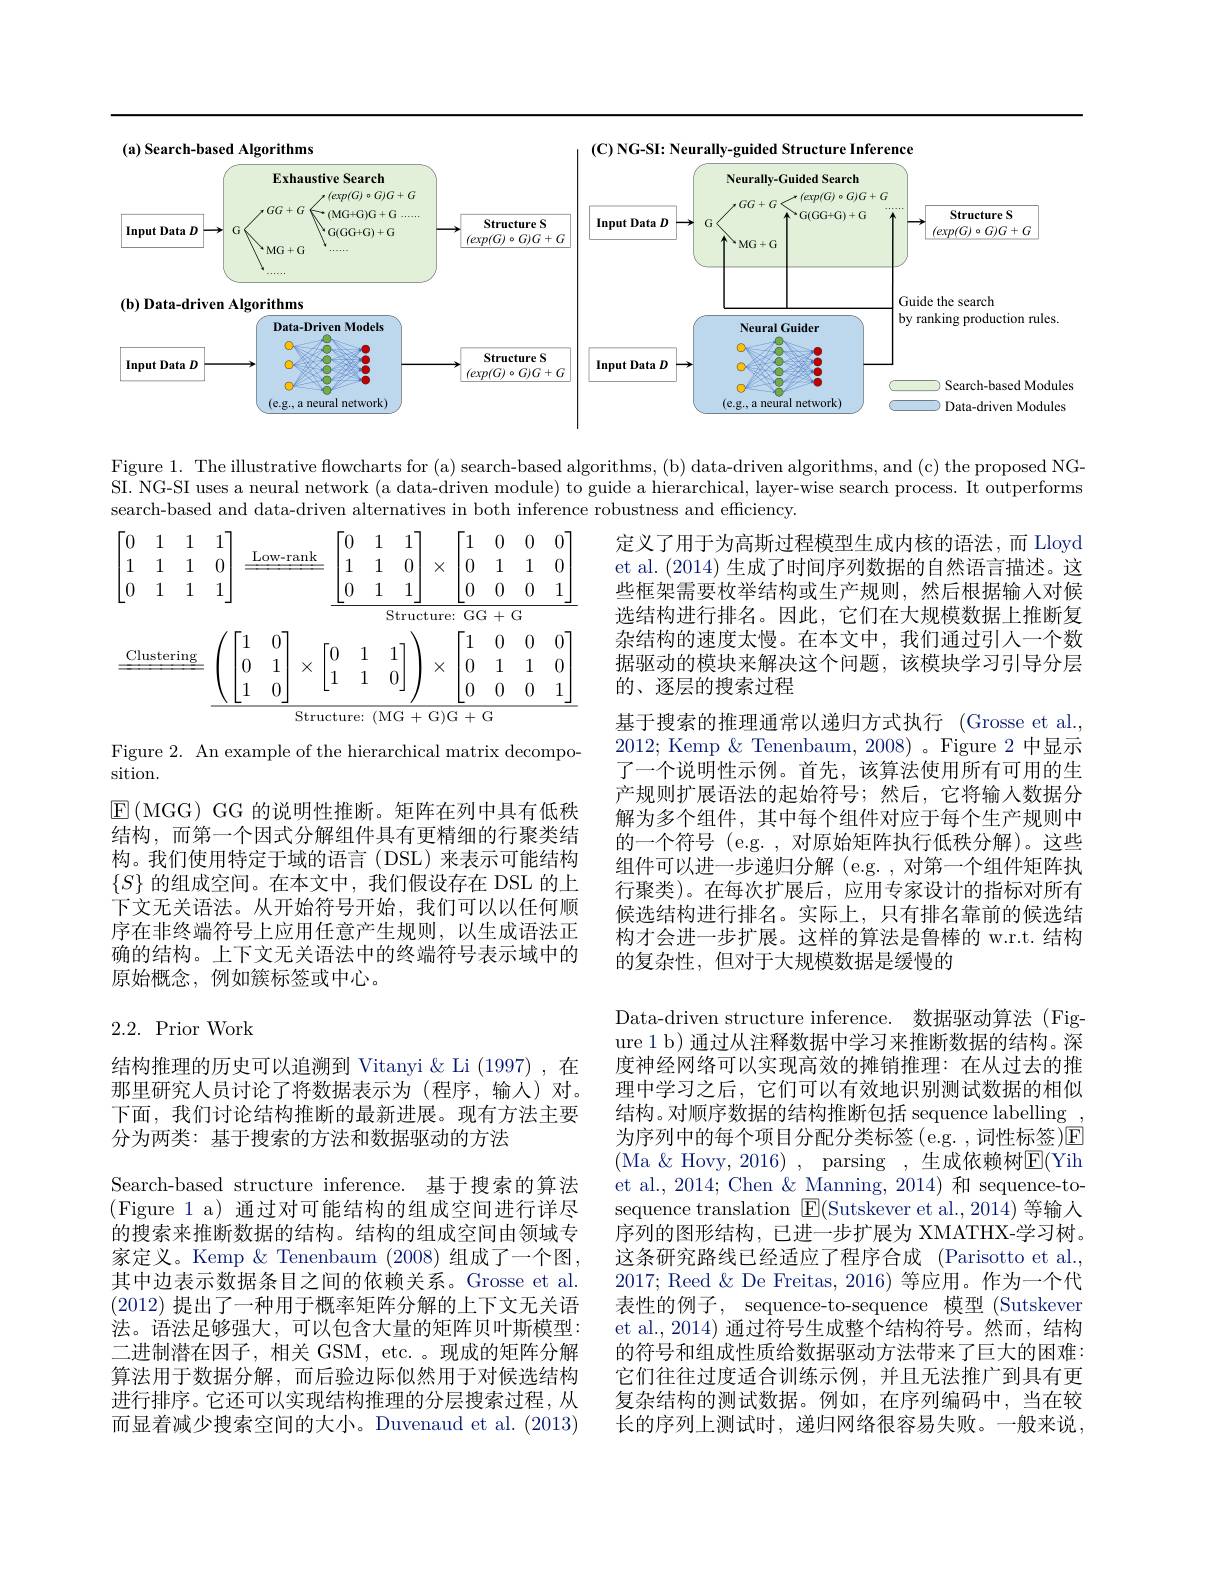
<FigureHere>

Figure 1. The illustrative flowcharts for (a) search-based algorithms, (b) data-driven algorithms, and (c) the proposed NGSI. NG-SI uses a neural network (a data-driven module) to guide a hierarchical, layer-wise search process. It outperforms search-based and data-driven alternatives in both inference robustness and efficiency.

<FigureHere>

Figure 2. An example of the hierarchical matrix decompo-
sition.
$\operatorname{E}($MGG) GG 的说明性推断。矩阵在列中具有低秩结构，而第一个因式分解组件具有更精细的行聚类结构。我们使用特定于域的语言(DSL)来表示可能结构$\{S\}$的组成空间。在本文中，我们假设存在 DSL 的上下文无关语法。从开始符号开始，我们可以以任何顺序在非终端符号上应用任意产生规则，以生成语法正确的结构。上下文无关语法中的终端符号表示域中的原始概念，例如簇标签或中心。

定义了用于为高斯过程模型生成内核的语法，而 Lloyd et al. (2014) 生成了时间序列数据的自然语言描述。这些框架需要枚举结构或生产规则，然后根据输人对候选结构进行排名。因此，它们在大规模数据上推断复杂结构的速度太慢。在本文中，我们通过引人一个数据驱动的模块来解决这个问题，该模块学习引导分层的、逐层的搜索过程
基于搜索的推理通常以递归方式执行 (Grosse et al., 2012; Kemp & Tenenbaum, 2008) 。Figure 2 中显示了一个说明性示例。首先，该算法使用所有可用的生产规则扩展语法的起始符号；然后，它将输人数据分解为多个组件，其中每个组件对应于每个生产规则中的一个符号(e.g.,对原始矩阵执行低秩分解)。这些组件可以进一步递归分解(e.g.,对第一个组件矩阵执行聚类)。在每次扩展后，应用专家设计的指标对所有候选结构进行排名。实际上，只有排名靠前的候选结构才会进一步扩展。这样的算法是鲁棒的 w.r.t. 结构的复杂性，但对于大规模数据是缓慢的
Data-driven structure inference. 数据驱动算法 (Figure 1 b) 通过从注释数据中学习来推断数据的结构。深度神经网络可以实现高效的摊销推理：在从过去的推理中学习之后，它们可以有效地识别测试数据的相似结构。对顺序数据的结构推断包括 sequence labelling 为序列中的每个项目分配分类标签(e.g.,词性标签)E (Ma $\&$ Hovy, 2016) , parsing , 生成依赖树$\overline{\mathrm{E}}($Yih et al., 2014; Chen & Manning, 2014) 和 sequence-tosequence translation $\boxed{\mathrm{E}}($Sutskever et al.,2014)等输入序列的图形结构，已进一步扩展为 XMATHX-学习树。这条研究路线已经适应了程序合成 (Parisotto et al., 2017; Reed & De Freitas, 2016) 等应用。作为一个代表性的例子，sequence-to-sequence 模型 (Sutskeven et al., 2014) 通过符号生成整个结构符号。然而，结构的符号和组成性质给数据驱动方法带来了巨大的困难： 它们往往过度适合训练示例，并且无法推广到具有更复杂结构的测试数据。例如，在序列编码中，当在较长的序列上测试时，递归网络很容易失败。一般来说，

## 2.2. Prior Work

结构推理的历史可以追溯到 Vitanyi &Li (1997) ,在那里研究人员讨论了将数据表示为(程序，输入)对。下面，我们讨论结构推断的最新进展。现有方法主要分为两类：基于搜索的方法和数据驱动的方法
Search-based structure inference. 基于搜索的算法(Figure 1 a) 通过对可能结构的组成空间进行详尽的搜索来推断数据的结构。结构的组成空间由领域专家定义。Kemp & Tenenbaum (2008)组成了一个图， 其中边表示数据条目之间的依赖关系。Grosse et al. (2012) 提出了一种用于概率矩阵分解的上下文无关语法。语法足够强大，可以包含大量的矩阵贝叶斯模型： 二进制潜在因子，相关 GSM, etc. 。现成的矩阵分解算法用于数据分解，而后验边际似然用于对候选结构进行排序。它还可以实现结构推理的分层搜索过程，从而显着减少搜索空间的大小。Duvenaud et al. (2013)